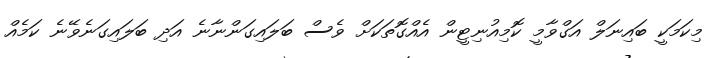
މިކަމަކީ ބައިނަލް އަގްވާމީ ކޮމިއުނިޓީން އެއްގޮތަކަށް ވެސް ބަލައިގަންނާނެ އަދި ބަލައިގަނެވޭނެ ކަމެއް